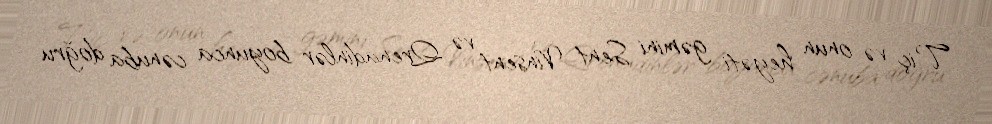
Tiç və onun heyəti gəmini Sent Vinsent və Qrenadinlər boyunca cənuba doğru